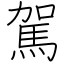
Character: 駕